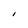
Character: I